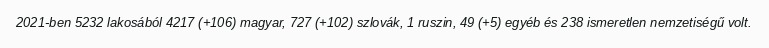
2021-ben 5232 lakosából 4217 (+106) magyar, 727 (+102) szlovák, 1 ruszin, 49 (+5) egyéb és 238 ismeretlen nemzetiségű volt.